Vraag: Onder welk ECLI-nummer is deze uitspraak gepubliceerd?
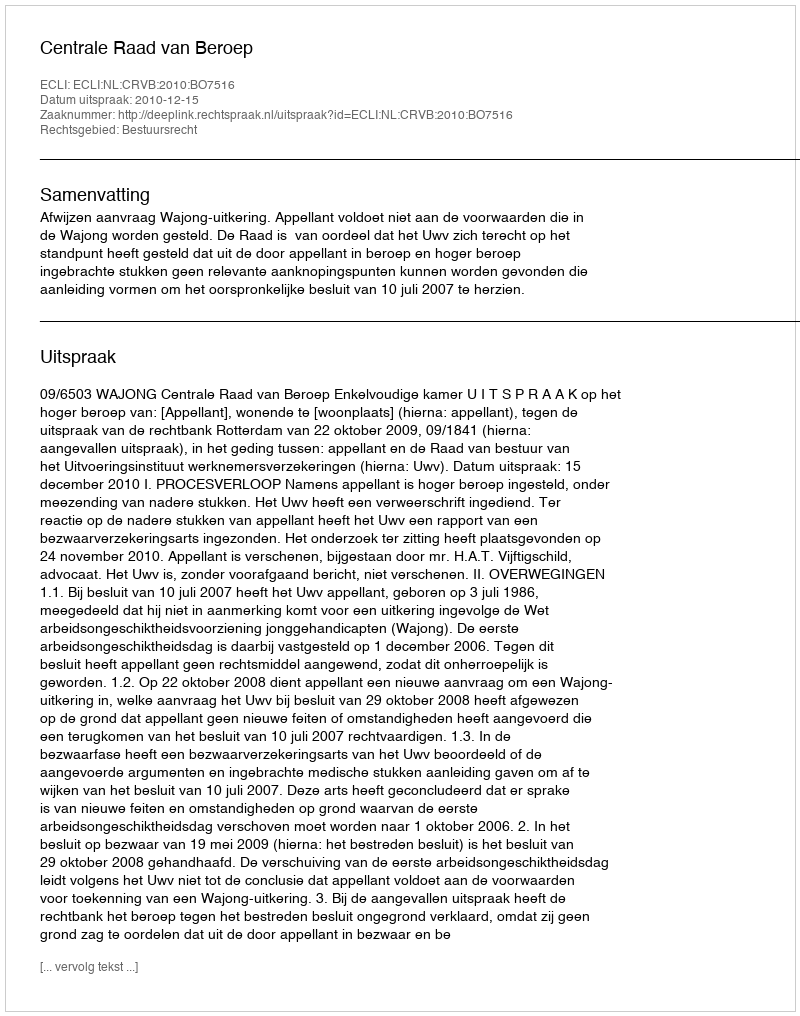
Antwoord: ECLI:NL:CRVB:2010:BO7516